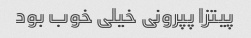
پیتزا پپرونی خیلی خوب بود